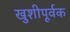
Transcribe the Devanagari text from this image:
खुशीपूर्वक